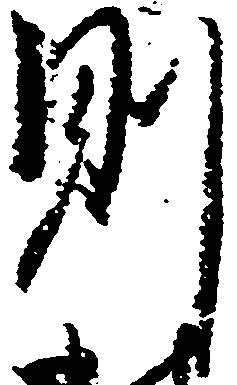
則